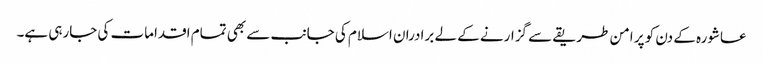
عاشورہ کے دن کو پر امن طریقے سے گزارنے کے لے برادران اسلام کی جانب سے بھی تمام اقدامات کی جارہی ہے۔